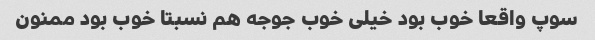
سوپ واقعا خوب بود خیلی خوب جوجه هم نسبتا خوب بود ممنون